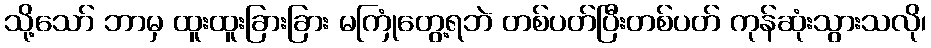
သို့သော် ဘာမှ ထူးထူးခြားခြား မကြုံတွေ့ရဘဲ တစ်ပတ်ပြီးတစ်ပတ် ကုန်ဆုံးသွားသလို၊